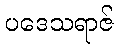
ပဒေသရာဇ်